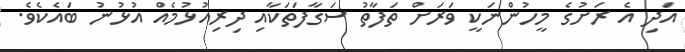
އަދި އެ ރަށުގެ މީހުންނަކީ ވަރަށް ތަފާތު ސަގާފަތަކާއި ދިރިއުޅުމެއް އުޅުނު ބައެކެވެ.